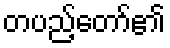
တပည့်တော်၏